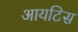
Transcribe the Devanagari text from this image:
आयटिस